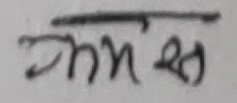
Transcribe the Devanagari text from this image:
श्रमस